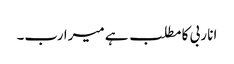
انا ربی کا مطلب ہے میرا رب۔